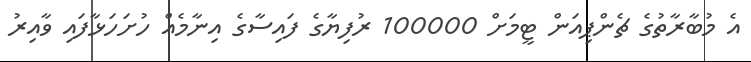
އެ މުބާރާތުގެ ޗެންޕިއަން ޓީމަށް 100000 ރުފިޔާގެ ފައިސާގެ އިނާމެއް ހުށަހަޅާފައި ވާއިރު